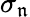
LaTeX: \sigma_{\mathfrak{n}}